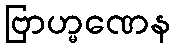
ဗြာဟ္မဏေန